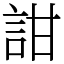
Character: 詌